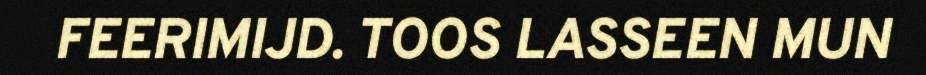
FEERIMIJD. TOOS LASSEEN MUN